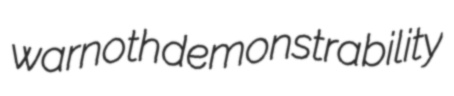
warnoth demonstrability